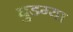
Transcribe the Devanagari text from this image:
घुडग्या